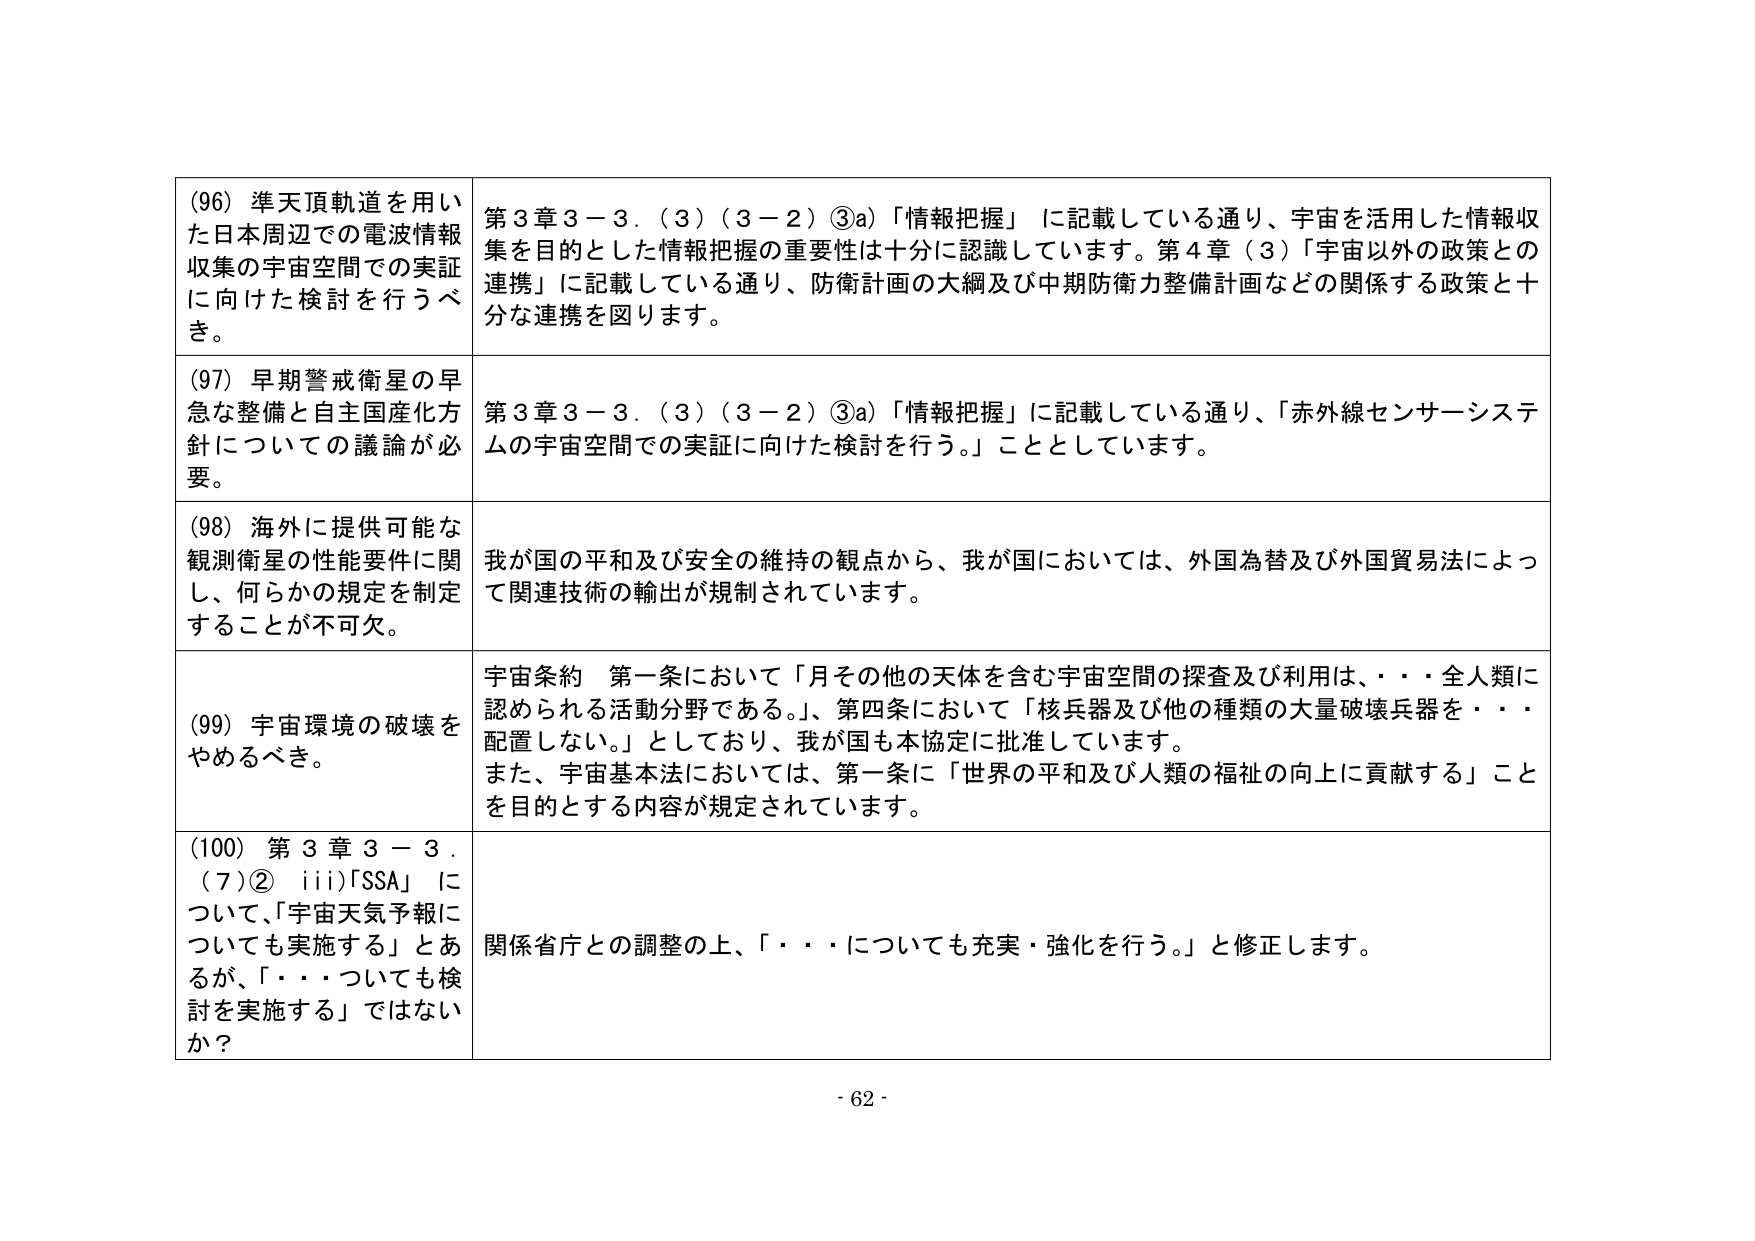
(96) 準天頂軌道を用いた日本周辺での電波情報収集の宇宙空間での実証に向けた検討を行うべき。

第3章3－3．(3)(3－2)③a)「情報把握」に記載している通り、宇宙を活用した情報収集を目的とした情報把握の重要性は十分に認識しています。第4章(3)「宇宙以外の政策との連携」に記載している通り、防衛計画の大綱及び中期防衛力整備計画などの関係する政策と十分な連携を図ります。

(97) 早期警戒衛星の早急な整備と自主国産化方針についての議論が必要。

第3章3－3．(3)(3－2)③a)「情報把握」に記載している通り、「赤外線センサーシステムの宇宙空間での実証に向けた検討を行う。」こととしています。

(98) 海外に提供可能な観測衛星の性能要件に関し、何らかの規定を制定することが不可欠。

我が国の平和及び安全の維持の観点から、我が国においては、外国為替及び外国貿易法によって関連技術の輸出が規制されています。

(99) 宇宙環境の破壊をやめるべき。

宇宙条約 第一条において「月その他の天体を含む宇宙空間の探査及び利用は、・・・全人類に認められる活動分野である。」、第四条において「核兵器及び他の種類の大量破壊兵器を・・・配置しない。」としており、我が国も本協定に批准しています。
また、宇宙基本法においては、第一条に「世界の平和及び人類の福祉の向上に貢献する」ことを目的とする内容が規定されています。

(100) 第3章3－3．(7)② iii)「SSA」について、「宇宙天気予報についても実施する」とあるが、「・・・についても検討を実施する」ではないか？

関係省庁との調整の上、「・・・についても充実・強化を行う。」と修正します。

- 62 -